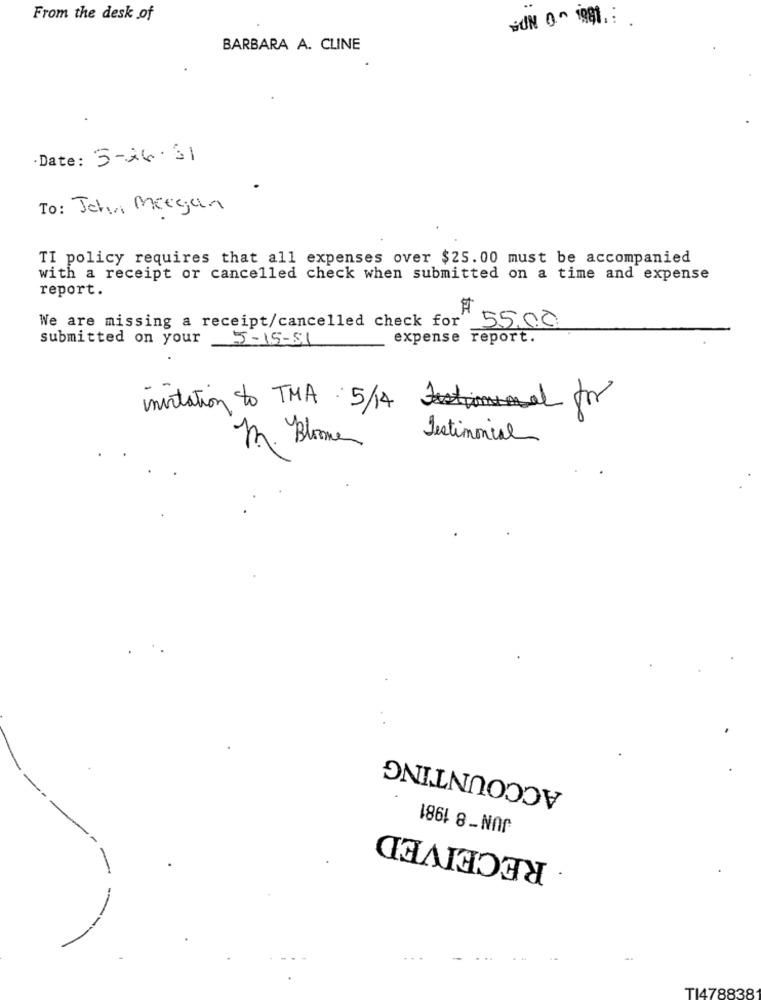
From the desk of
BARBARA A. CLINE
·Date: 5-26-31
To: John Mergen
TI policy requires that all expenses over $25.00 must be accompanied
with a receipt or cancelled check when submitted on a time and expense
report.
We are missing a receipt/cancelled check for 5500
submitted on your
5-15-81
expense report.
imitation to TMA 5/14 for
mr. Blomme
Testimonial
ACCOUNTING
JUN -8 1981
RECEIVED
TI478838